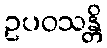
ဥပဝသန္တိ